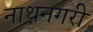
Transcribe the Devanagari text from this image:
नाथनगरी